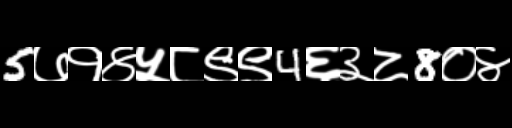
Text: 5७१४५८९९4६३८8०४